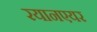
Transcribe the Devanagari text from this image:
रयानएयर